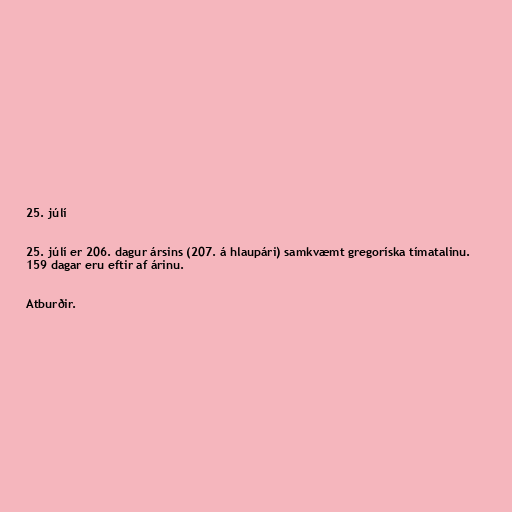
25. júlí

25. júlí er 206. dagur ársins (207. á hlaupári) samkvæmt gregoríska tímatalinu.
159 dagar eru eftir af árinu.

Atburðir.